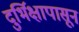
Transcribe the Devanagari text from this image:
दुर्भिक्षापासून